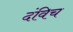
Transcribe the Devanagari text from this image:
दंविच